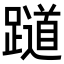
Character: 𬧖